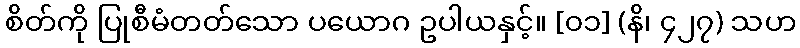
စိတ်ကို ပြုစီမံတတ်သော ပယောဂ ဥပါယနှင့်။ [၀၁] (နိ၊ ၄၂၇) သဟ